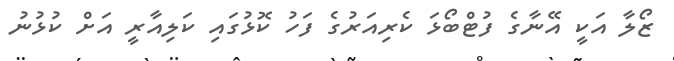
ޒޯލާ އަކީ އޭނާގެ ފުޓްބޯޅަ ކެރިއަރުގެ ފަހު ކޮޅުގައި ކަލިއާރީ އަށް ކުޅުނު